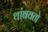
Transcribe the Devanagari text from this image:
थांबवतो